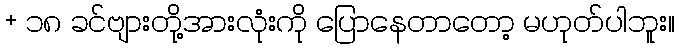
+ ၁၈ ခင်ဗျားတို့အားလုံးကို ပြောနေတာတော့ မဟုတ်ပါဘူး။